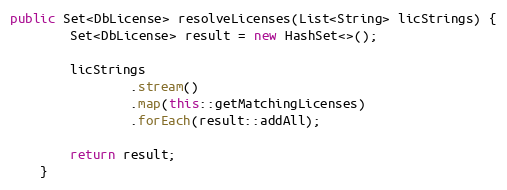
Language: Java
public Set<DbLicense> resolveLicenses(List<String> licStrings) {
        Set<DbLicense> result = new HashSet<>();

        licStrings
                .stream()
                .map(this::getMatchingLicenses)
                .forEach(result::addAll);

        return result;
    }